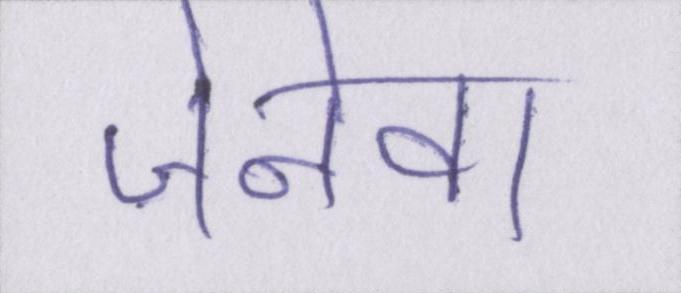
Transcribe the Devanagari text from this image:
जेनेवा